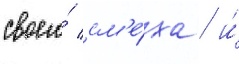
своего́ см'е́ха / и́